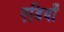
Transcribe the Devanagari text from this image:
एडियाँ